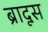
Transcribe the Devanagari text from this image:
ब्रादूस